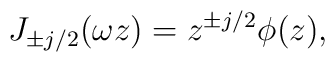
J_{\pm j/2}(\omega z) = z^{\pm j/2} \phi(z),